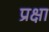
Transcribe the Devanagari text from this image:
प्रक्षा